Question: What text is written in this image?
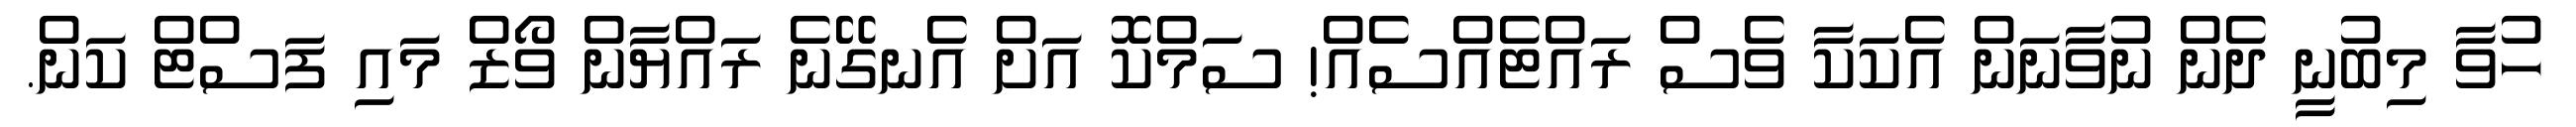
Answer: ހުވާ މިބުނީ ދެން ނުވާނަން އެކަކާ ވެސް ރައްޓެއްސެއް! ސަމްކޮ އަށް އެނގޭނެ ރައްޔާން ވޯޒް މައި ފަސްޓް ކަން.